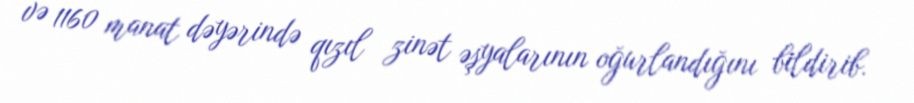
və 1160 manat dəyərində qızıl zinət əşyalarının oğurlandığını bildirib.